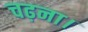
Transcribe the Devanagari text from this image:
चढ़ना।